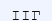
ІІГ